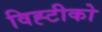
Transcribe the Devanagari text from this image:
विह्टीको